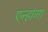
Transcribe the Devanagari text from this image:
एन्हांगा